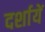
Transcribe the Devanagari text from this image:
दर्शायें